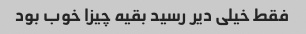
فقط خیلی دیر رسید بقیه چیزا خوب بود